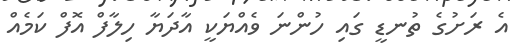
އެ ރަށުގެ ތުނޑީ ގައި ހުންނަ ވެއްޔަކީ އާދަޔާ ހިލާފް އޮފް ކަމެއް